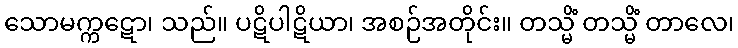
သောမက္ကဋော၊ သည်။ ပဋိပါဋိယာ၊ အစဉ်အတိုင်း။ တသ္မိံ တသ္မိံ တာလေ၊